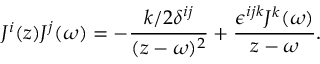
J ^ { i } ( z ) J ^ { j } ( \omega ) = - \frac { k / 2 \delta ^ { i j } } { ( z - \omega ) ^ { 2 } } + \frac { \epsilon ^ { i j k } J ^ { k } ( \omega ) } { z - \omega } .